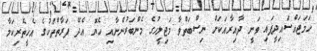
ހަމަޖައްސައިދީފައި ވަނީ ދާއިރާއަކަށް ނިސްބަތްވާ މަޖިލީހުގެ މެންބަރުންނާއި ހެޔޮ އެދޭ ފަރާތްތަކުގެ އެހީތެރިކަމާ